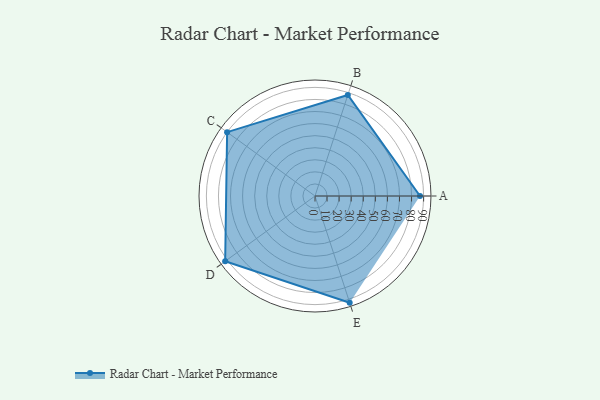
{"axis": {"x": "Skill", "y": "Score"}, "legend": ["Profile"], "data": [{"x": "A", "y": 87.0, "type": "Profile"}, {"x": "B", "y": 88.0, "type": "Profile"}, {"x": "C", "y": 90.0, "type": "Profile"}, {"x": "D", "y": 92.0, "type": "Profile"}, {"x": "E", "y": 93.0, "type": "Profile"}]}